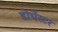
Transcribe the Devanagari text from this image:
डोर्चेस्टर